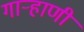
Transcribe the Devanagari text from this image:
गार्‍हाणी